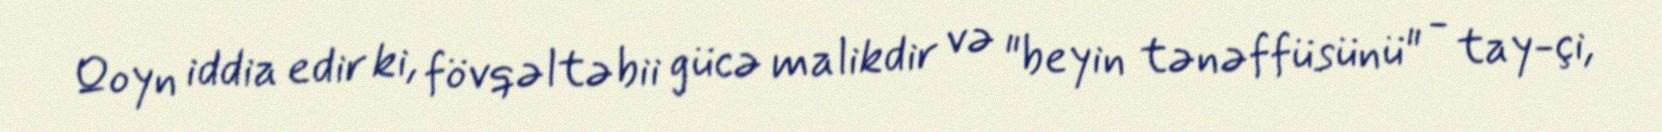
Qoyn iddia edir ki, fövqəltəbii gücə malikdir və "beyin tənəffüsünü" - tay-çi,